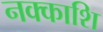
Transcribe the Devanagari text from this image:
नक्काशि